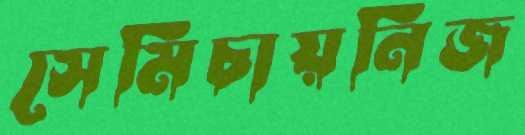
সেমিচায়নিজ